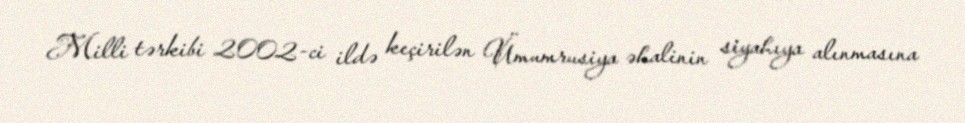
Milli tərkibi 2002-ci ildə keçirilən Ümumrusiya əhalinin siyahıya alınmasına